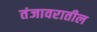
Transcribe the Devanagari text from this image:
तंजावरातील